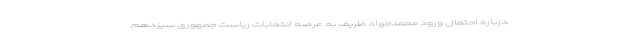
درباره احتمال ورود محمدجواد ظریف به عرصه انتخابات ریاست جمهوری سیزدهم